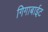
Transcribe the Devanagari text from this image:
गिगाबाईट